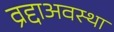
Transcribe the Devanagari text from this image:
व्रद्दाअवस्था